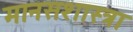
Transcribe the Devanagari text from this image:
मानसशास्त्रा